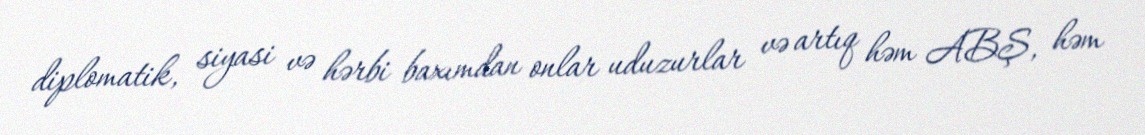
diplomatik, siyasi və hərbi baxımdan onlar uduzurlar və artıq həm ABŞ, həm